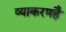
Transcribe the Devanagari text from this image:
व्याकरणहै